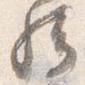
然